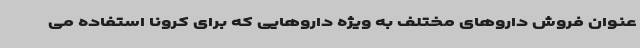
عنوان فروش داروهای مختلف به ویژه داروهایی که برای کرونا استفاده می